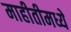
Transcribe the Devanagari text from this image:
माहीतीमध्ये